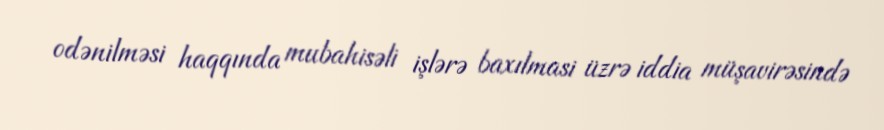
odənilməsi haqqında mubahisəli işlərə baxılmasi üzrə iddia müşavirəsində